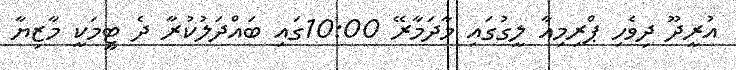
އުރީދޫ ދިވެހި ޕްރިމިއާ ލީގުގައި މާދަމާރޭ 10:00ގައި ބައްދަލުކުރާ ދެ ޓީމަކީ މާޒިޔާ